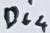
Text: Di4